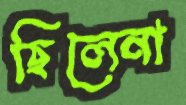
ছিলেনা